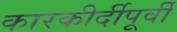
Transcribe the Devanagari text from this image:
कारकीर्दीपूर्वी